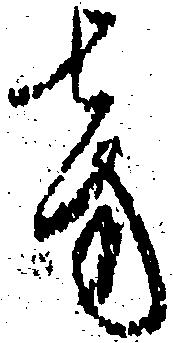
旁